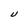
Character: U